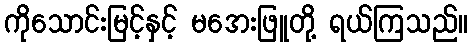
ကိုသောင်းမြင့်နှင့် မအေးဖြူတို့ ရယ်ကြသည်။